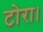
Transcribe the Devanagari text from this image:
टोरा।